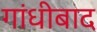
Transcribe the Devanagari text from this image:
गांधीबाद